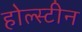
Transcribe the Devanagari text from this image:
होल्स्टीन